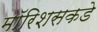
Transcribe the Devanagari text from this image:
मॉरिशसकडे